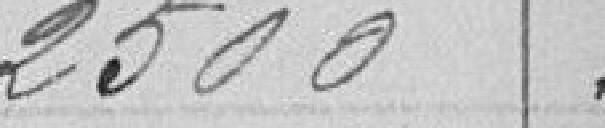
2500